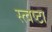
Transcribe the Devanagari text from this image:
स्त्वष्टा